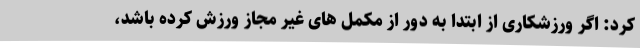
کرد: اگر ورزشکاری از ابتدا به دور از مکمل های غیر مجاز ورزش کرده باشد،